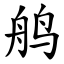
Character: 鸼